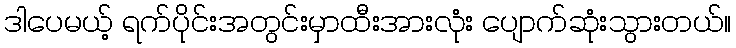
ဒါပေမယ့် ရက်ပိုင်းအတွင်းမှာထီးအားလုံး ပျောက်ဆုံးသွားတယ်။